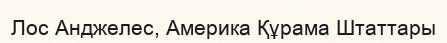
Лос Анджелес, Америка Құрама Штаттары